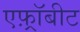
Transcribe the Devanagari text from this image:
एफ़्रॉबीट